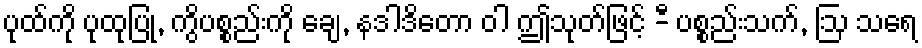
ပုထ်ကို ပုထုပြု, ကွိပစ္စည်းကို ချေ, နဒါဒိတော ဝါ ဤသုတ်ဖြင့် -ီ ပစ္စည်းသက်, ဩ သရေ